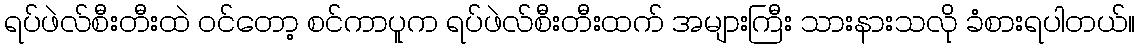
ရပ်ဖဲလ်စီးတီးထဲ ဝင်တော့ စင်ကာပူက ရပ်ဖဲလ်စီးတီးထက် အများကြီး သားနားသလို ခံစားရပါတယ်။